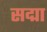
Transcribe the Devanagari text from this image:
सद्मा